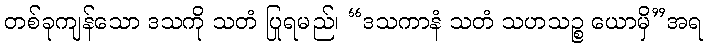
တစ်ခုကျန်သော ဒသကို သတံ ပြုရမည်၊ “ဒသကာနံ သတံ သဟသဉ္စ ယောမှိ”အရ